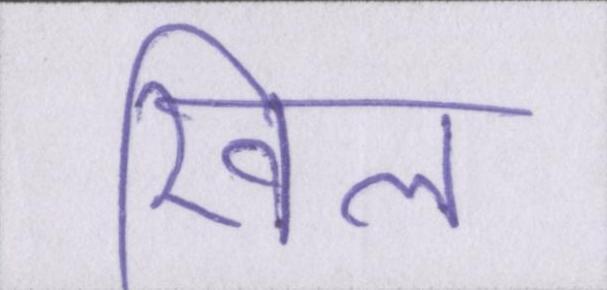
खिल